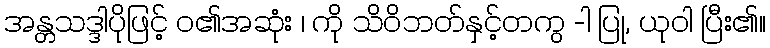
အန္တသဒ္ဒါပိုဖြင့် ဝ၏အဆုံး ၊ ကို သိဝိဘတ်နှင့်တကွ -ါ ပြု, ယုဝါ ပြီး၏။